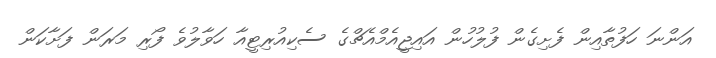
އަންނަ ހަފުތާއިން ފެށިގެން ފުލުހުން އައިޖީއެމްއެޗްގެ ސެކިއުރިޓީއާ ހަވާލުވެ ފޯރި މަރަން ފަށާކަން